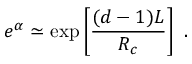
e ^ { \alpha } \simeq \exp \left[ \frac { ( d - 1 ) L } { R _ { c } } \right] \ .